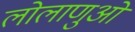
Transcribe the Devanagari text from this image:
लोलाणुओं